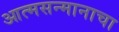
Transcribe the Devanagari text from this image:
आत्मसन्मानाचा